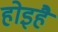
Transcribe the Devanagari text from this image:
होइहै